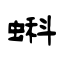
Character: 蝌